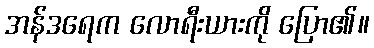
အန်ဒရေက လောရီးယားကို ပြော၏။